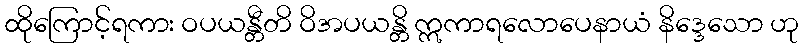
ထိုကြောင့်ရကား ဝပယန္တီတိ ဝိအပယန္တိ ဣကာရလောပေနာယံ နိဒ္ဒေသော ဟု